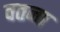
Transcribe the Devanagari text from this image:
वतना